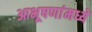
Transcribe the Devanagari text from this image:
आभूषणांमध्ये